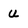
Character: U